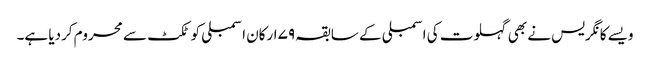
ویسے کانگریس نے بھی گہلوت کی اسمبلی کے سابقہ ۷۹ ارکان اسمبلی کو ٹکٹ سے محروم کردیا ہے۔